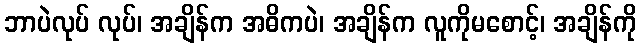
ဘာပဲလုပ် လုပ်၊ အချိန်က အဓိကပဲ၊ အချိန်က လူကိုမစောင့်၊ အချိန်ကို